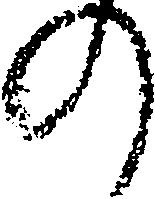
の